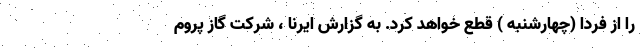
را از فردا (چهارشنبه ) قطع خواهد کرد. به گزارش ایرنا ، شرکت گاز پروم